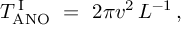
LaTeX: T _ { \mathrm { A N O } } ^ { \, \mathrm { I } } \ = \ { 2 \pi v ^ { 2 } } \, L ^ { - 1 } \, ,